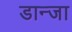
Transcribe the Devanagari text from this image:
डान्जा